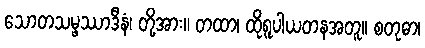
သောတသမ္ဖဿာဒီနံ၊ တို့အား။ တထာ၊ ထိုရူပါယတနအတူ။ စတုဓာ၊